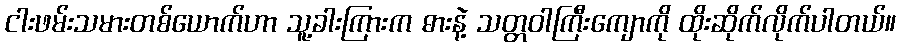
ငါးဖမ်းသမားတစ်ယောက်ဟာ သူ့ခါးကြားက ဓားနဲ့ သတ္တဝါကြီးကျောကို ထိုးဆိုက်လိုက်ပါတယ်။